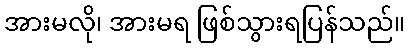
အားမလို၊ အားမရ ဖြစ်သွားရပြန်သည်။